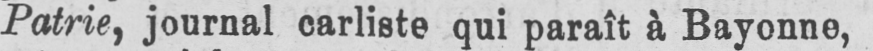
Patrie, journal carliste qui paraît à Bayonne,